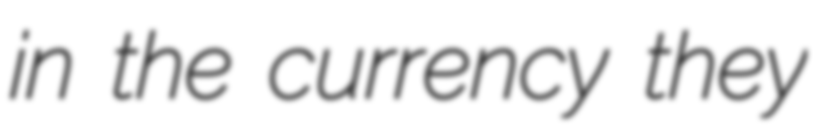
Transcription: in the currency they